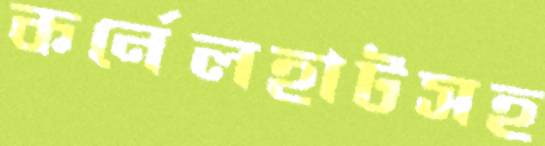
কর্নেলহাটসহ